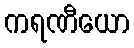
ကရဏီယော